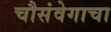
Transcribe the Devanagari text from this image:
चौसंवेगाचा